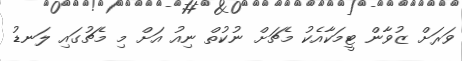
ވަރަށް ޒުވާން ޓީމަކާއެކު މެޗަށް ނުކުތް ނިއު އަށް މި މެޗުގައި ލަނޑު